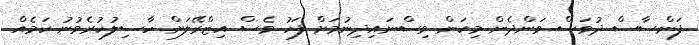
ފަންސާސް ދުވަސް ވަންދެން މިކަން ވިސްނައިދިނުމަށް ފަހު ވެސް އިޒްރޭލަށް ހާސިލުކުރެވުނު ކަމެއް